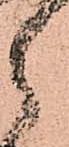
郎